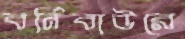
বর্নিবাউরে